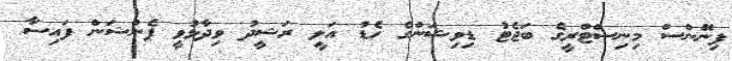
ފިނޭންސް މިނިސްޓްރީގެ ބަޖެޓު ޑިވިޝަންގެ ހެޑު އަލީ ރަޝީދު ވިދާޅުވީ ޕެންޝަން ފައިސާ